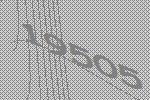
19505